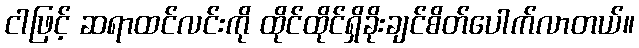
ငါဖြင့် ဆရာထင်လင်းကို ထိုင်ထိုင်ရှိခိုးချင်စိတ်ပေါက်လာတယ်။